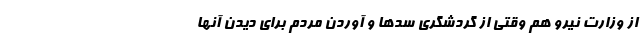
از وزارت نیرو هم وقتی از گردشگری سدها و آوردن مردم برای دیدن آنها